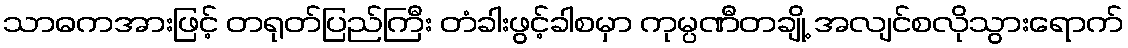
သာဓကအားဖြင့် တရုတ်ပြည်ကြီး တံခါးဖွင့်ခါစမှာ ကုမ္ပဏီတချို့ အလျင်စလိုသွားရောက်